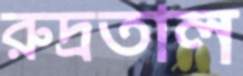
রুদ্রতাল